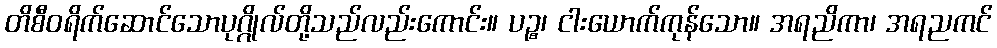
တိစီဝရိက်ဆောင်သောပုဂ္ဂိုလ်တို့သည်လည်းကောင်း။ ပဉ္စ၊ ငါးယောက်ကုန်သော။ အရညိကာ၊ အရညကင်